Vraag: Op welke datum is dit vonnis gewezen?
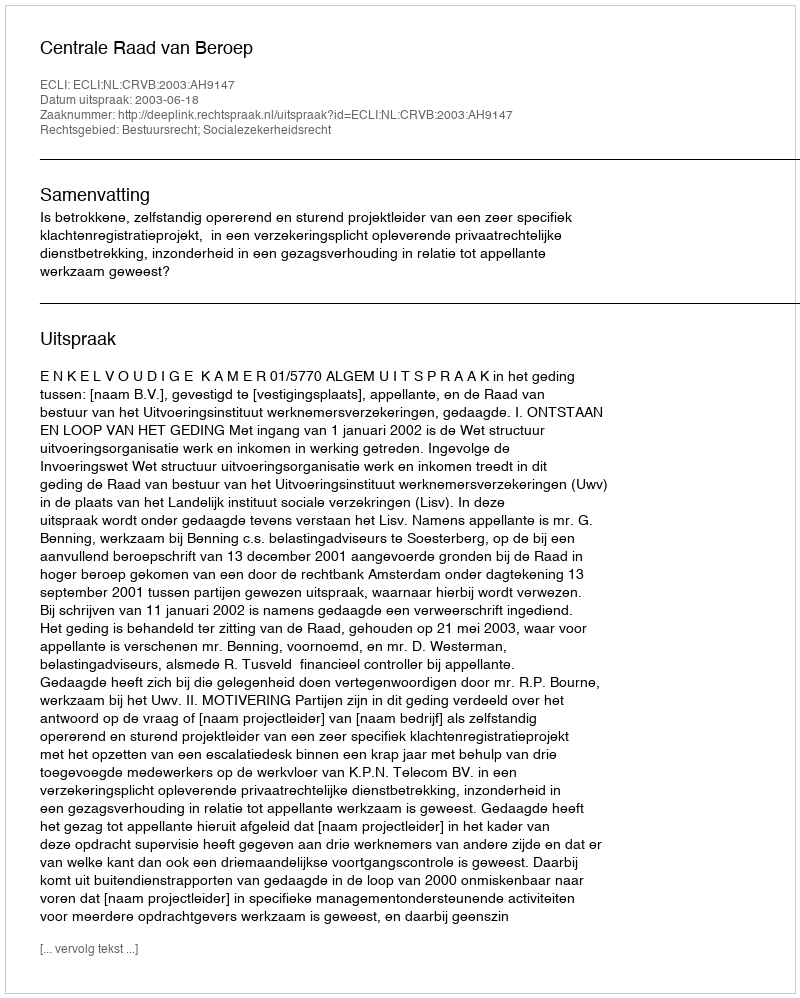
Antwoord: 2003-06-18